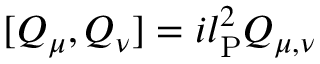
[ Q _ { \mu } , Q _ { \nu } ] = i l _ { \mathrm { P } } ^ { 2 } { \cal Q } _ { \mu , \nu }